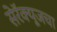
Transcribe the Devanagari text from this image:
सेरॅक्यूजचा